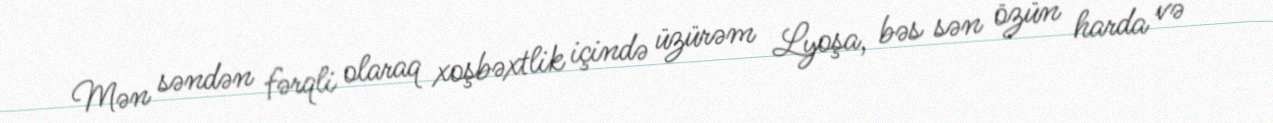
Mən səndən fərqli olaraq xoşbəxtlik içində üzürəm Lyoşa, bəs sən özün harda və